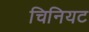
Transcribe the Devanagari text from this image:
चिनियट